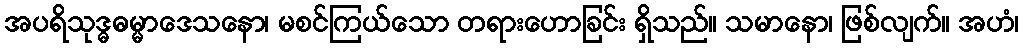
အပရိသုဒ္ဓဓမ္မာဒေသနော၊ မစင်ကြယ်သော တရားဟောခြင်း ရှိသည်။ သမာနော၊ ဖြစ်လျက်။ အဟံ၊